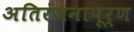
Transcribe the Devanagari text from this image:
अतिरंजनापूर्ण